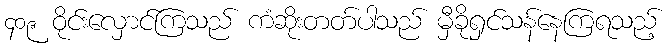
၄၀၉ ဝိုင်းလှောင်ကြသည် ကံဆိုးတတ်ပါသည် မှီခိုရှင်သန်နေကြရသည့်